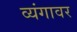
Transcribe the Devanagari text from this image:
व्यंगावर